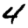
Digit: 4